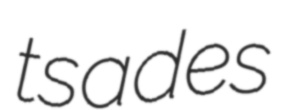
tsades